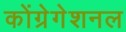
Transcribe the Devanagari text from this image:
कोंग्रेगेशनल